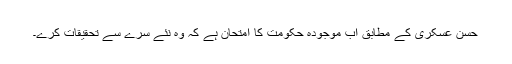
حسن عسکری کے مطابق اب موجودہ حکومت کا امتحان ہے کہ وہ نئے سرے سے تحقیقات کرے۔